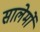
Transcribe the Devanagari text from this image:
सालेर्मो